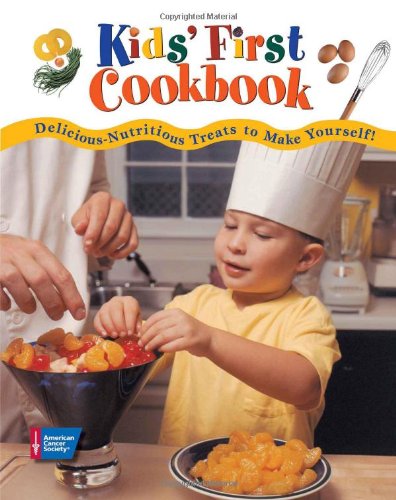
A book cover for Kids' First Cookbook: Delicious-Nutritious Treats to Make Yourself!; American Cancer Society; Health, Fitness & Dieting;